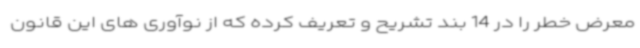
معرض خطر را در 14 بند تشریح و تعریف کرده که از نوآوری های این قانون